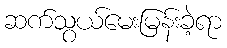
ဆက်သွယ်မေးမြန်းခဲ့ရာ